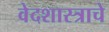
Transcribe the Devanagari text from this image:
वेदशास्त्राचे